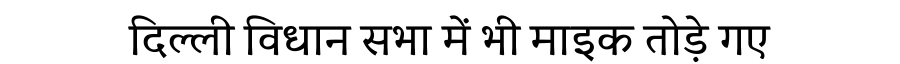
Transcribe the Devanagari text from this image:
दिल्ली विधान सभा में भी माइक तोड़े गए